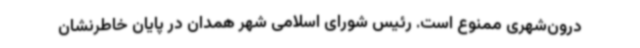
درون‌شهری ممنوع است. رئیس شورای اسلامی شهر همدان در پایان خاطرنشان